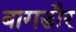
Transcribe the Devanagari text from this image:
बागडौर